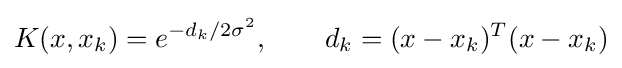
K(x,x_{k})=e^{-d_{k}/2\sigma ^{2}},\qquad d_{k}=(x-x_{k})^{T}(x-x_{k})